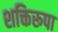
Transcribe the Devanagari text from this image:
शक्तिरूपा